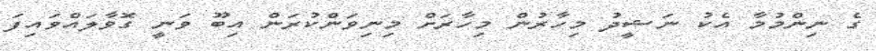
ގެ ނިންމުމާ އެކު ނަޝީދު މިހާރުން މިހާރަށް މިނިވަންކުރަން އިބޫ ވަނީ ގޮވާލައްވައިފަ